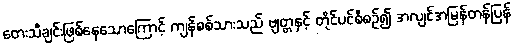
တေးသီချင်းဖြစ်နေသောကြောင့် ကျန်စစ်သားသည် ဗျတ္တနှင့် တိုင်ပင်စီစဉ်၍ အလျင်အမြန်တန်ပြန်